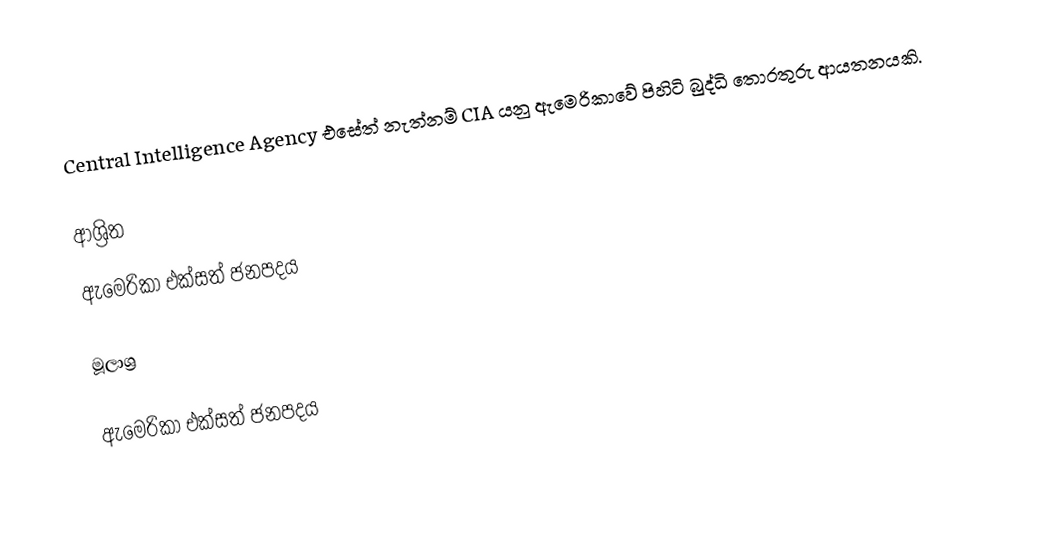
Central Intelligence Agency එසේත් නැත්නම් CIA යනු ඇමෙරිකාවේ පිහිටි බුද්ධි තොරතුරු ආයතනයකි.

ආශ්‍රිත
 ඇමෙරිකා එක්සත් ජනපදය

මූලාශ්‍ර

ඇමෙරිකා එක්සත් ජනපදය